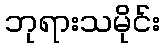
ဘုရားသမိုင်း